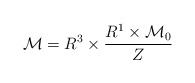
\begin{align*}{\cal M} = R^3 \times {R^1 \times {\cal M}_0 \over Z}\end{align*}